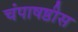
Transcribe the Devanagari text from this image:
चंपाषष्ठीस